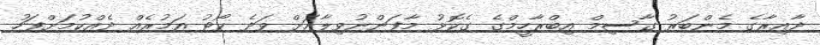
ދާއިރާގެ މެންބަރު ގާސިމް އިބްރާހީމްގެ ގެކޮޅު މާފަންނުވިލާއަށް ވަދެ ކޯޓު އަމުރެއް ދެއްކުމަށްފަހު